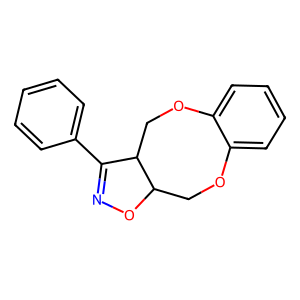
SMILES: c1ccc(C2=NOC3COc4ccccc4OCC23)cc1
Inhibits HIV replication: No